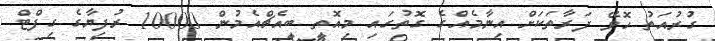
ގުރުއަތު ހޮވޭ ފަރާތަކަށް އިނާމެއްގެ ގޮތުގައި މިއޮތީ ބީއެޗްއެމުން 10000 ރުފިޔާގެ ގިފްޓް